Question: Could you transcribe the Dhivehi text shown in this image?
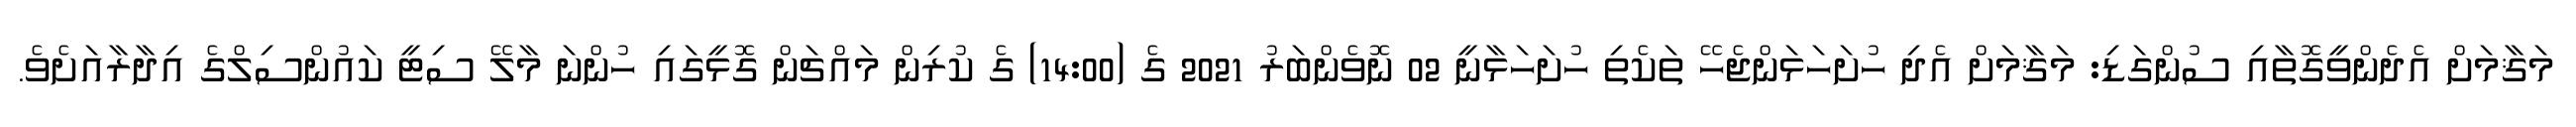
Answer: މަޤާމަށް އެދެންވީގޮތާއި ސުންގަޑި: މަޤާމަށް އެދި ހުށަހަޅަންޖެހޭ ތަކެތި ހުށަހަޅާނީ 02 ނޮވެންބަރު 2021 ގެ (14:00) ގެ ކުރިން މައްޗަން ގޮޅީގައި ހުންނަ މާލޭ ސިޓީ ކައުންސިލްގެ އިދާރާއަށެވެ.